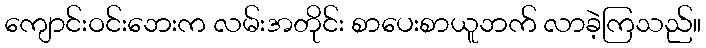
ကျောင်းဝင်းဘေးက လမ်းအတိုင်း စာပေးစာယူဘက် လာခဲ့ကြသည်။